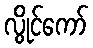
လွိုင်ကော်